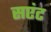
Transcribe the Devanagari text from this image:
सएंट